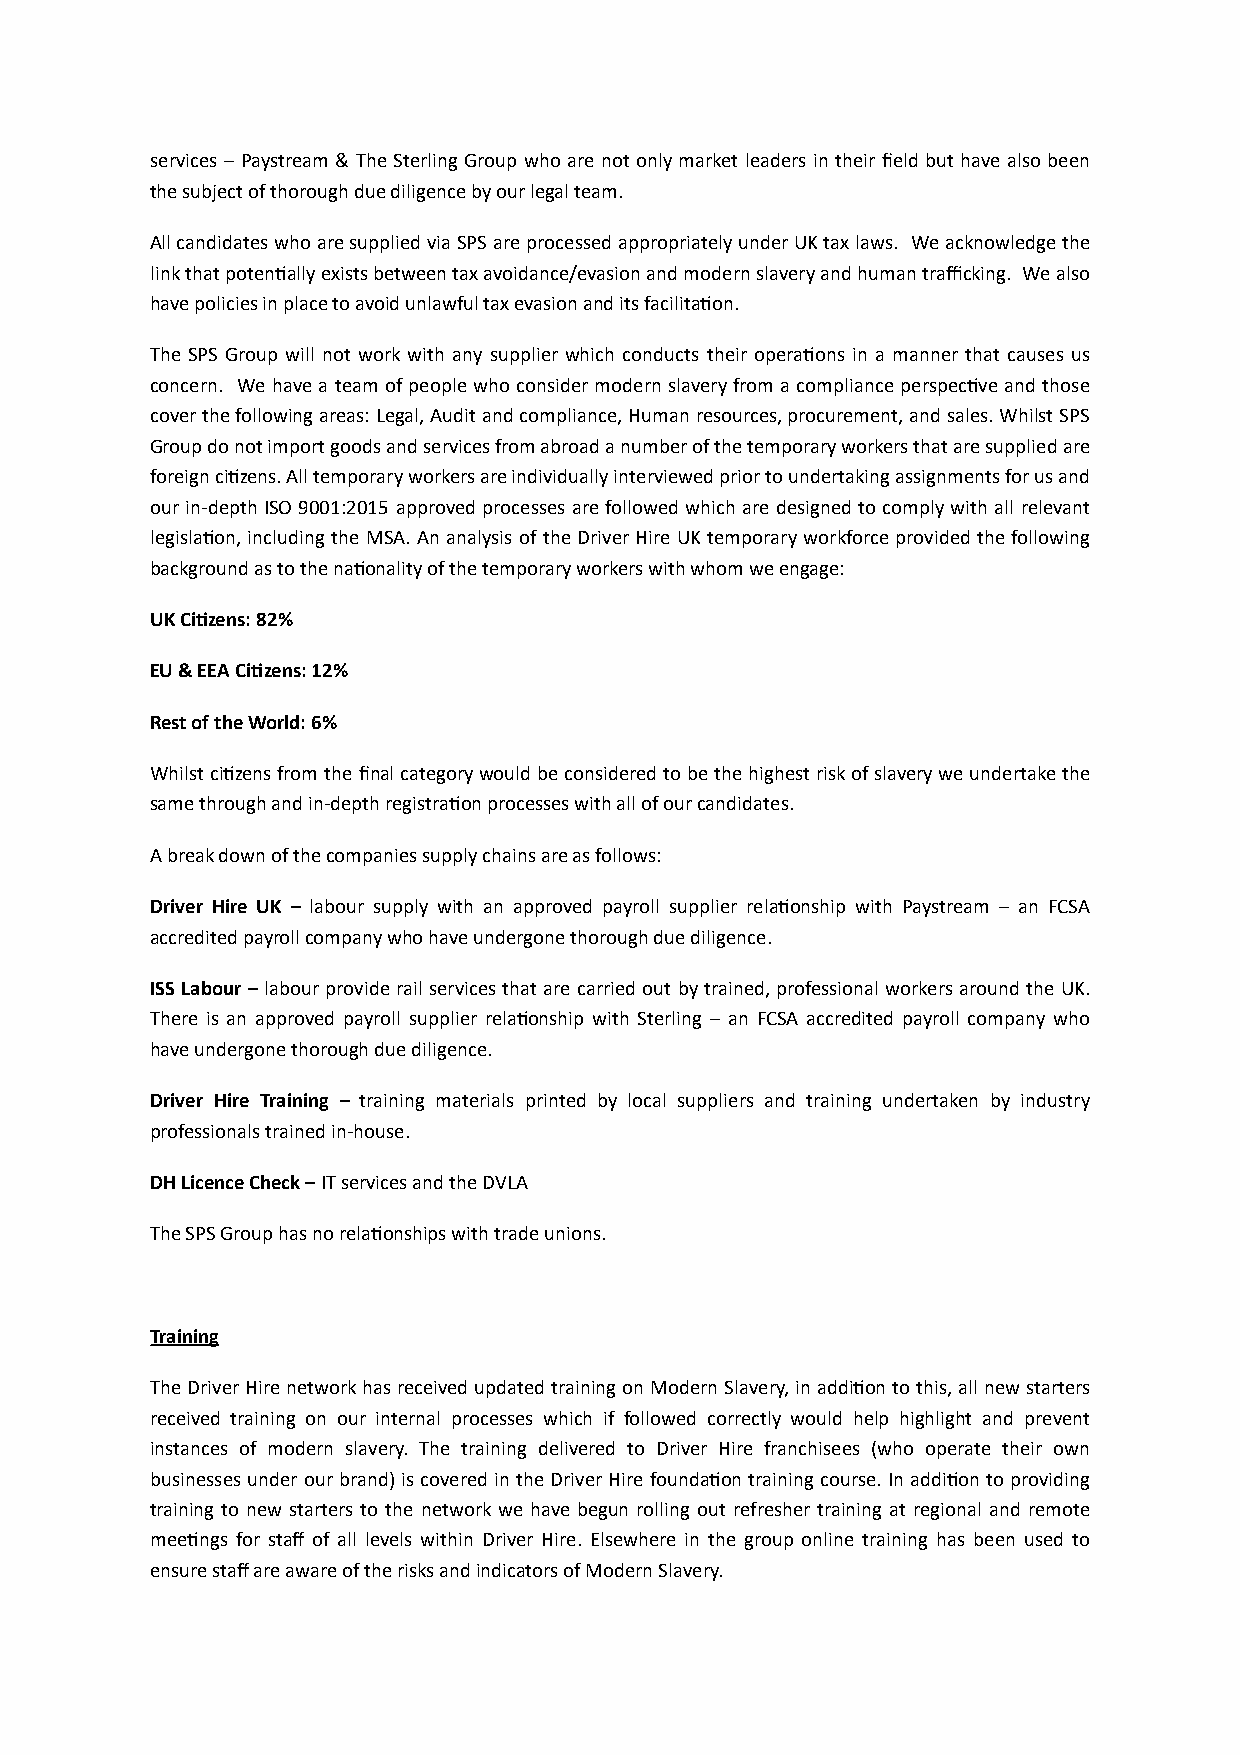
services – Paystream & The Sterling Group who are not only market leaders in their field but have also been
 the subject of thorough due diligence by our legal team.
 All candidates who are supplied via SPS are processed appropriately under UK tax laws. We acknowledge the
 link that potenCally exists between tax avoidance/evasion and modern slavery and human trafficking. We also
 have policies in place to avoid unlawful tax evasion and its facilitaCon.
 The SPS Group will not work with any supplier which conducts their operaCons in a manner that causes us
 concern. We have a team of people who consider modern slavery from a compliance perspecCve and those
 cover the following areas: Legal, Audit and compliance, Human resources, procurement, and sales. Whilst SPS
 Group do not import goods and services from abroad a number of the temporary workers that are supplied are
 foreign ciCzens. All temporary workers are individually interviewed prior to undertaking assignments for us and
 our in-depth ISO 9001:2015 approved processes are followed which are designed to comply with all relevant
 legislaCon, including the MSA. An analysis of the Driver Hire UK temporary workforce provided the following
 background as to the naConality of the temporary workers with whom we engage:
 UK CiNzens: 82%
 EU & EEA CiNzens: 12%
 Rest of the World: 6%
 Whilst ciCzens from the final category would be considered to be the highest risk of slavery we undertake the
 same through and in-depth registraCon processes with all of our candidates.
 A break down of the companies supply chains are as follows:
 Driver Hire UK – labour supply with an approved payroll supplier relaConship with Paystream – an FCSA
 accredited payroll company who have undergone thorough due diligence.
 ISS Labour – labour provide rail services that are carried out by trained, professional workers around the UK.
 There is an approved payroll supplier relaConship with Sterling – an FCSA accredited payroll company who
 have undergone thorough due diligence.
 Driver Hire Training – training materials printed by local suppliers and training undertaken by industry
 professionals trained in-house.
 DH Licence Check – IT services and the DVLA
 The SPS Group has no relaConships with trade unions.
 Training
 The Driver Hire network has received updated training on Modern Slavery, in addiCon to this, all new starters
 received training on our internal processes which if followed correctly would help highlight and prevent
 instances of modern slavery. The training delivered to Driver Hire franchisees (who operate their own
 businesses under our brand) is covered in the Driver Hire foundaCon training course. In addiCon to providing
 training to new starters to the network we have begun rolling out refresher training at regional and remote
 meeCngs for staff of all levels within Driver Hire. Elsewhere in the group online training has been used to
 ensure staff are aware of the risks and indicators of Modern Slavery.